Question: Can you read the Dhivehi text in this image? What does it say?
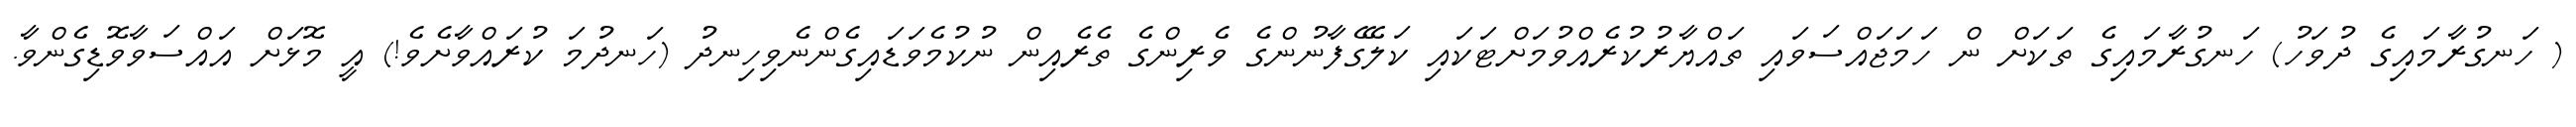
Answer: ( ހަނގުރާމައިގެ ދުވަހު) ހަނގުރާމައިގެ ތަކަށް ން ހަމަޖައްސަވައި ތައްޔާރުކުރެއްވުމަށްޓަކައި ކަލޭގެފާނުންގެ ވެރިންގެ ތެރެއިން ނުކުމެވަޑައިގެންނެވިހިނދު (ހަނދުމަ ކުރައްވާށެވެ!) އީ މޮޅަށް އައްސަވާވޮޑިގެންވާ.